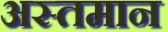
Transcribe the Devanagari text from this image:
अस्तमान